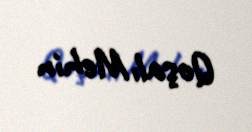
Qoşalı Mehin